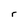
Character: r